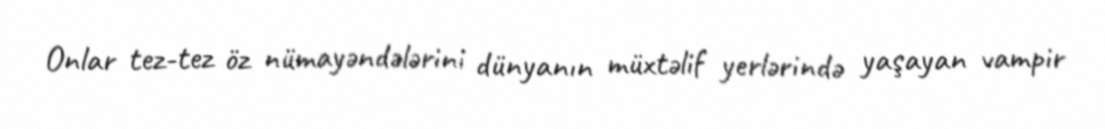
Onlar tez-tez öz nümayəndələrini dünyanın müxtəlif yerlərində yaşayan vampir